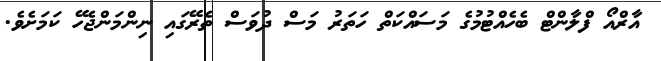
އާރްއޯ ފްލާންޓް ބެހެއްޓުމުގެ މަސައްކަތް ހަތަރު މަސް ދުވަސް ތެރޭގައި ނިންމަންޖެހޭ ކަމަށެވެ.